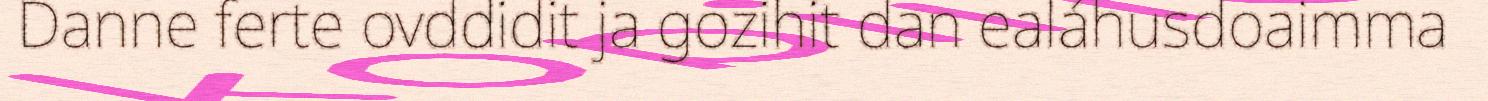
Danne ferte ovddidit ja gozihit dan ealáhusdoaimma